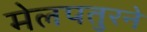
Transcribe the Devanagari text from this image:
मेलपतुरने